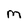
Character: M